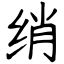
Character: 绡